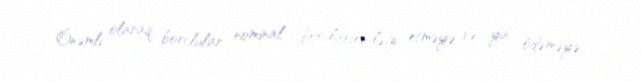
Önəmli olaraq, borclular nominal borclarını ləğv etməyə və ya ödəməyə